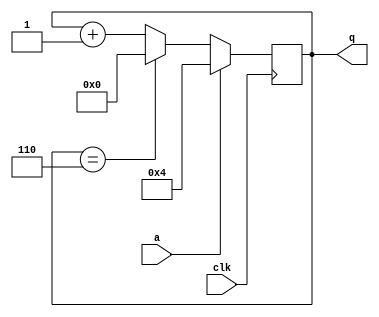
module top_module (
    input clk,
    input a,
    output [3:0] q );

    always @(posedge clk)begin
        if(a)
            q<=4'd4;
        else begin
            if(q==4'd6)
                q<=0;
            else 
                q<=q+4'd1;
        end
    end
endmodule